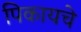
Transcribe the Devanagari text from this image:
पिकायचे